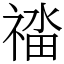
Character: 䄕